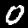
Digit: 0